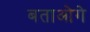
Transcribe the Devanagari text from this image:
बताओगे